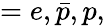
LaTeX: =e,\bar{p},p,